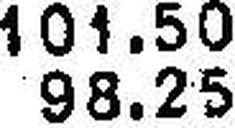
101.50